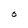
Character: O